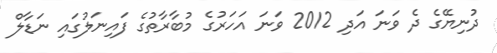
ދުނިޔޭގެ ދެ ވަނަ އަދި 2012 ވަނަ އަހަރުގެ މުބާރާތުގެ ފައިނަލުގައި ނަޑާލް